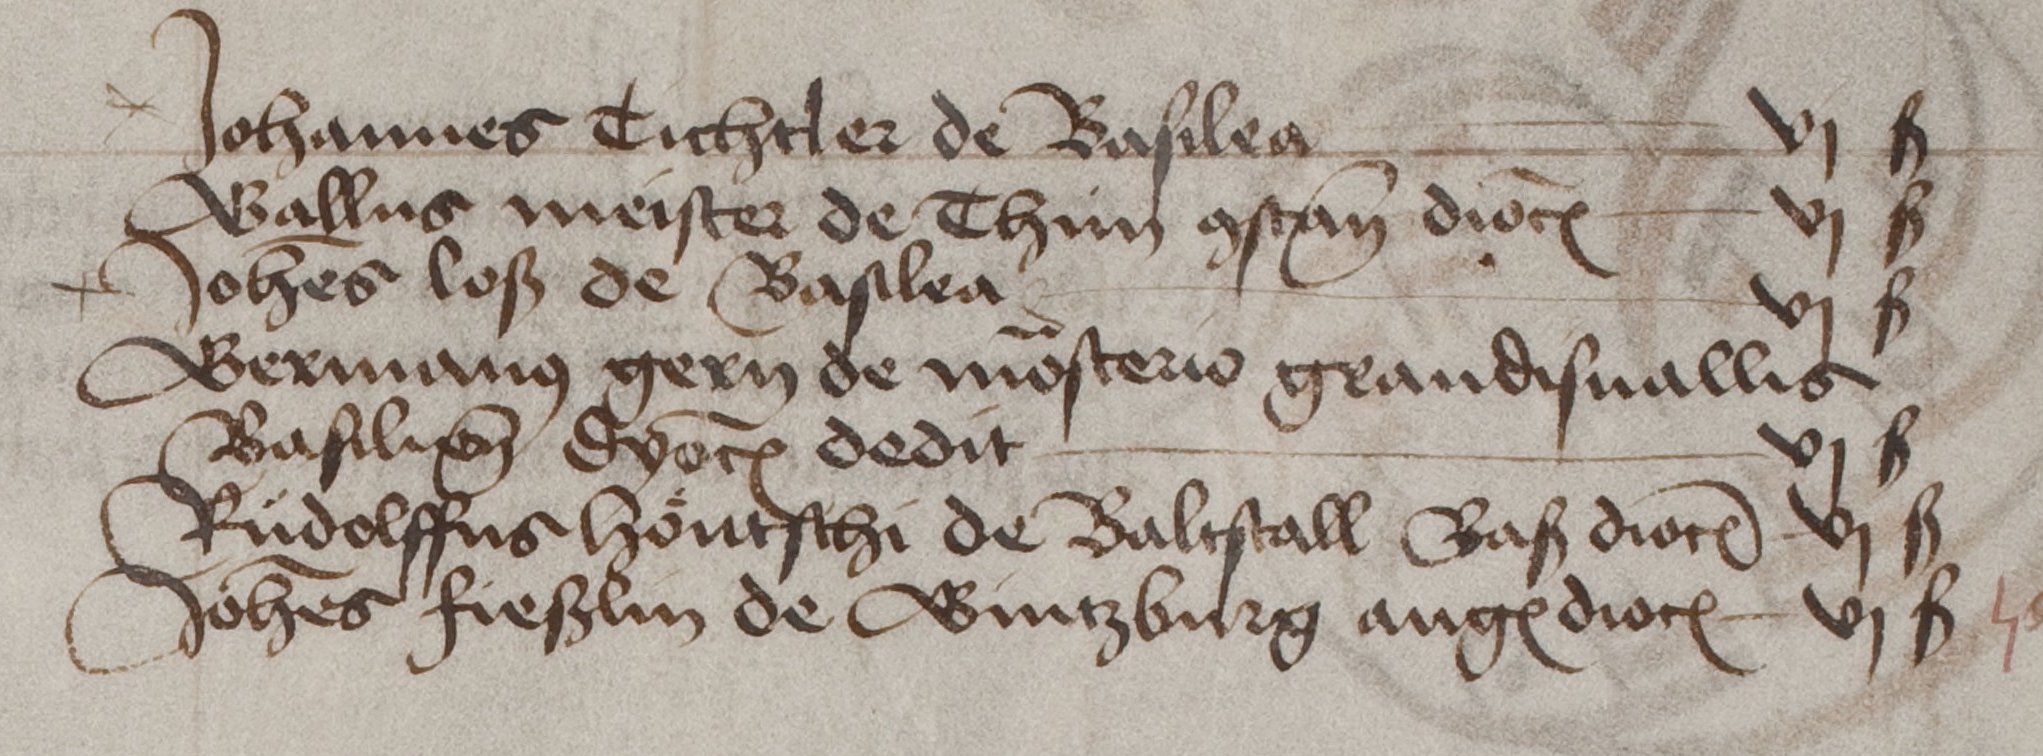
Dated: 1460–1567